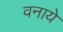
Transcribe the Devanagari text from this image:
वनाये